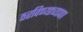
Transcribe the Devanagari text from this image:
ठरविण्याच्यापाा